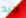
جيد